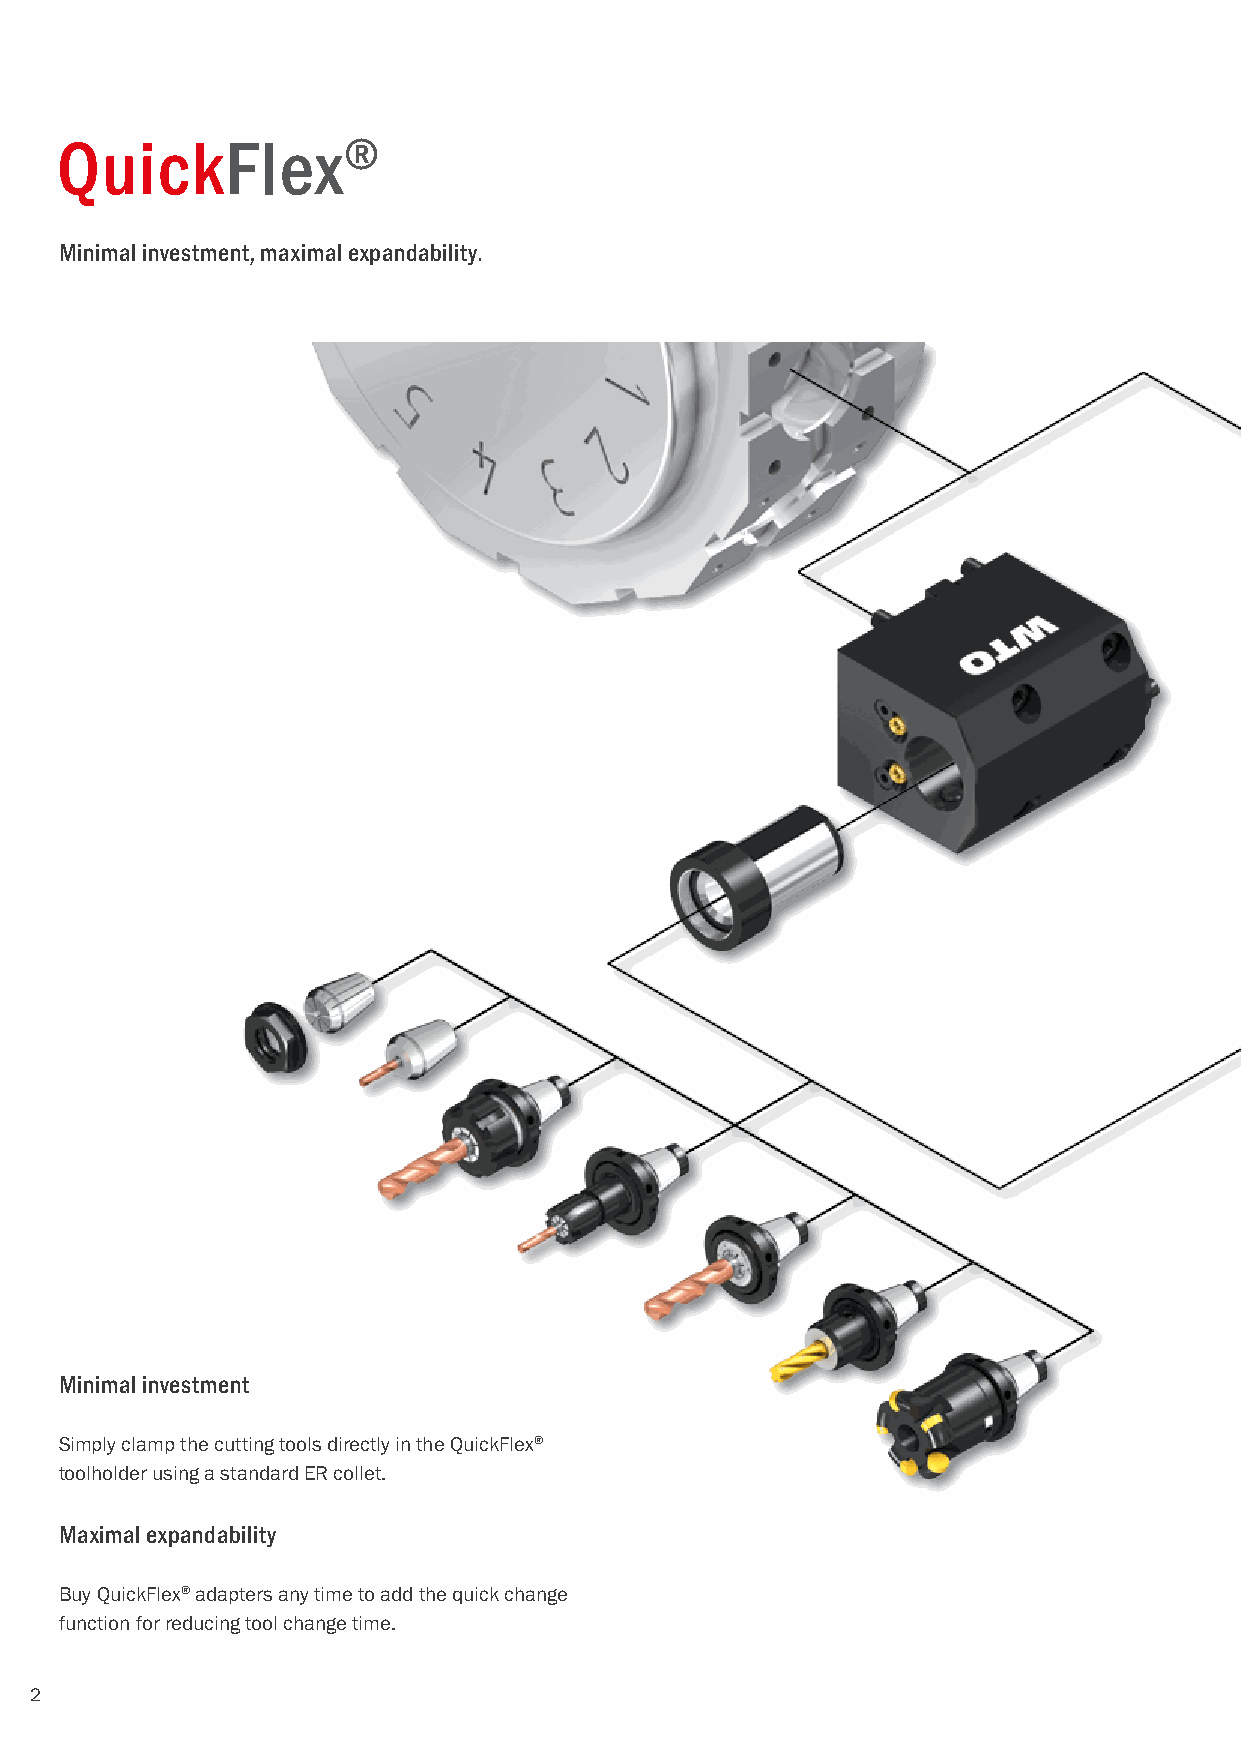
QuickFlex®
 Minimal investment, maximal expandability.
 Minimal investment
 Simply clamp the cutting tools directly in the QuickFlex®
 toolholder using a standard ER collet.
 Maximal expandability
 Buy QuickFlex® adapters any time to add the quick change
 function for reducing tool change time.
 2